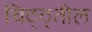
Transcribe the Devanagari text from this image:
चिठ्ठ्तील